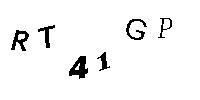
RT41GP